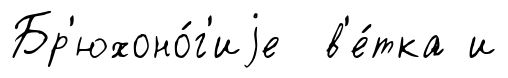
Бр'юхоно́г'иjе в'е́тка и